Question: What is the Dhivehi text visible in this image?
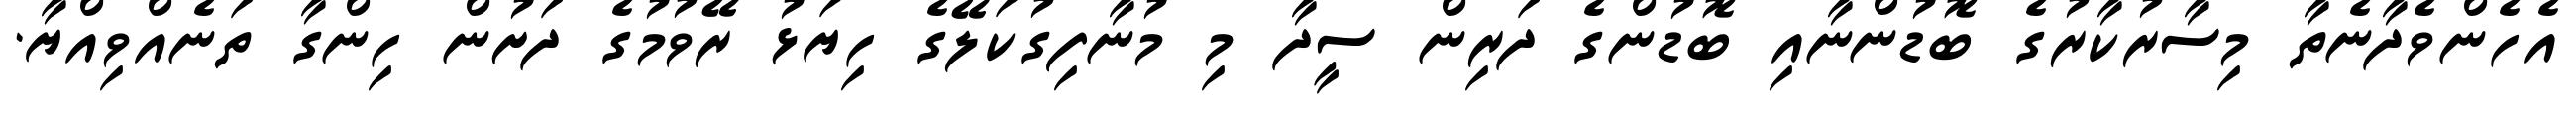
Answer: އެހެންވެދާނެތާ މިސާރުކާރުގެ ބޮޑުންނާއި ބޮޑުންގެ ދަރިން ސީދާ މި މުނާފިގުކަލޭގެ ހިޔަޅު ރޭވުމުގެ ދަށުން ހިންގާ ތަނެއްވިއްޔާ.